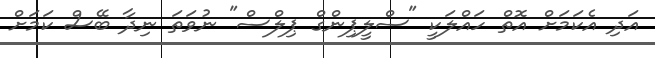
އަދި އެކަމަށް އޮތް ހައްލަކީ "ސްލީޕިންގް ޕިލްސް" ނުވަތަ ނިދާ ބޭސް ކަމަށް